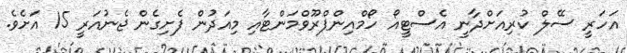
އަހަރީ ސޭލް ކުރިއަށްދާނީ އެސްޓީއޯ ހޯމްއިންޕްރޫވްމަންޓާއި މިއަދުން ފެށިގެން ޖެނުއަރީ 15 އަށެވެ.